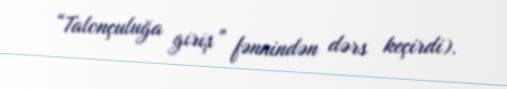
“Talonçuluğa giriş” fənnindən dərs keçirdi).